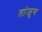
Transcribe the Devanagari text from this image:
तांजुग